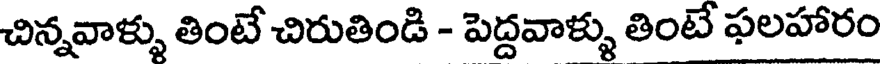
చిన్నవాళ్ళు తింటే చిరుతిండి - పెద్దవాళ్ళు తింటే పలహారం